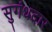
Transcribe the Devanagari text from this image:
सुगंधदार